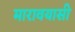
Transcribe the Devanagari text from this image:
मारावयासी